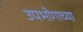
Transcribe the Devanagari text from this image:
उपभोगाच्या